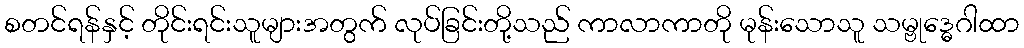
စတင်ရန်နှင့် တိုင်းရင်းသူများအတွက် လုပ်ခြင်းတို့သည် ကာလာကာတို မုန်းသောသူ သမ္ဗုဒ္ဓေဂါထာ